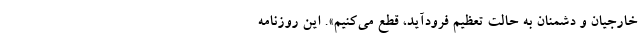
خارجیان و دشمنان به حالت تعظیم فرودآید، قطع می‌کنیم». این روزنامه